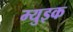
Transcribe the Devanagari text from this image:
म्युइक